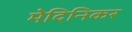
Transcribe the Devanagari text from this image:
मेदिनिकर